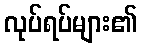
လုပ်ရပ်များ၏